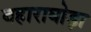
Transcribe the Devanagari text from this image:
बहाराघोड़ा